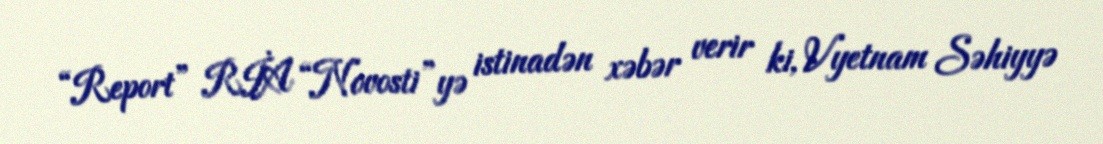
“Report” RİA “Novosti”yə istinadən xəbər verir ki, Vyetnam Səhiyyə